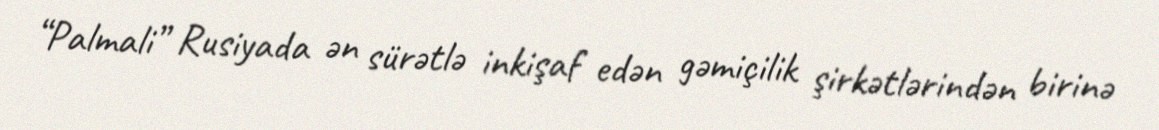
“Palmali” Rusiyada ən sürətlə inkişaf edən gəmiçilik şirkətlərindən birinə